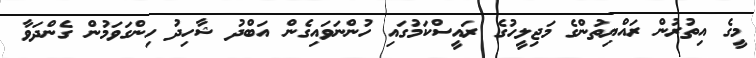
މީގެ އިތުރުން ރައްޔިތުންގެ މަޖިލީހުގެ ރައީސްކަމުގައި ހުންނަވައިގެން އަބްދު ޝާހިދު ހިންގަވަމުން ގެންދަވާ